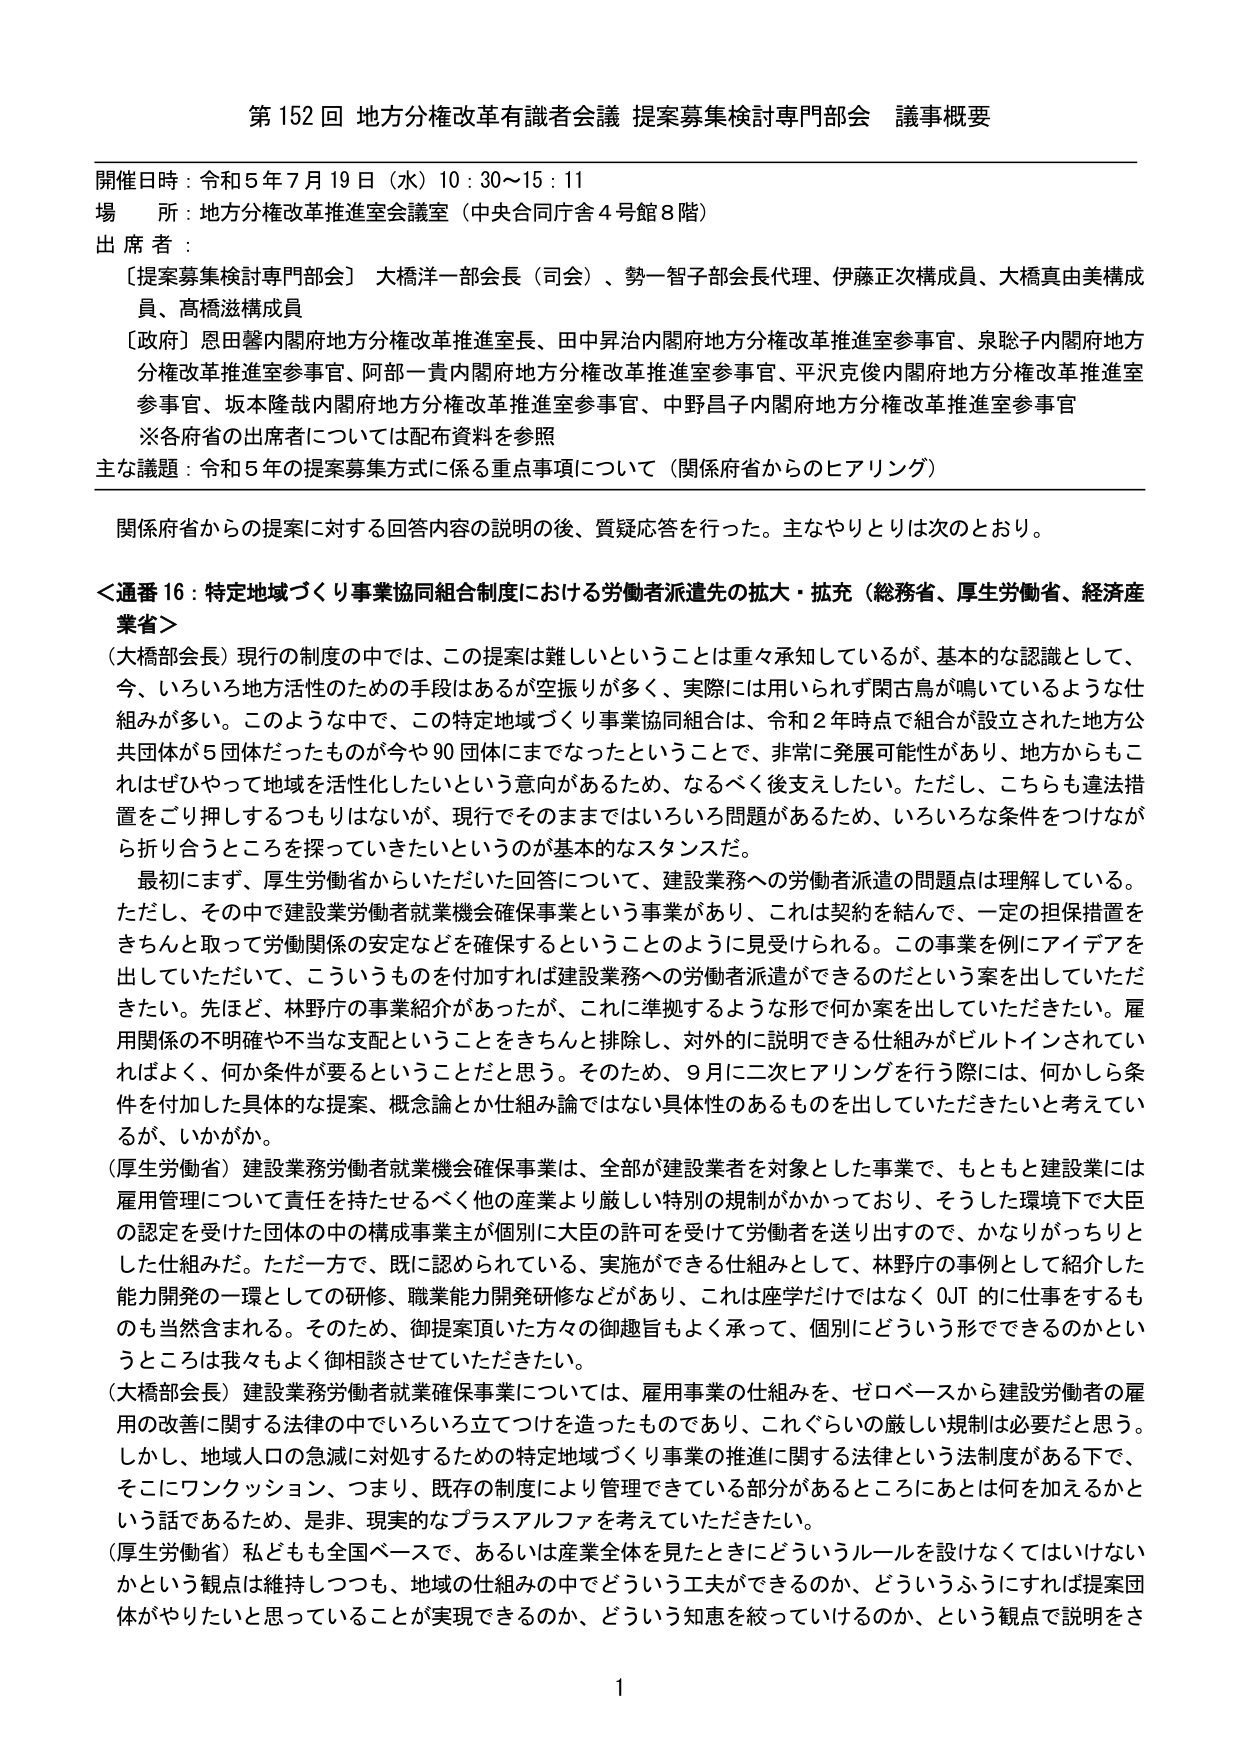
第152回 地方分権改革有識者会議 提案募集検討専門部会 議事概要

開催日時：令和5年7月19日（水）10：30～15：11
場 所：地方分権改革推進室会議室（中央合同庁舎4号館8階）
出席者：
〔提案募集検討専門部会〕大橋洋一部会長（司会）、勢一智子部会長代理、伊藤正次構成員、大橋真由美構成員、高橋滋構成員
〔政府〕恩田馨内閣府地方分権改革推進室長、田中昇治内閣府地方分権改革推進室参事官、泉聡子内閣府地方分権改革推進室参事官、阿部一貴内閣府地方分権改革推進室参事官、平沢克俊内閣府地方分権改革推進室参事官、坂本隆哉内閣府地方分権改革推進室参事官、中野昌子内閣府地方分権改革推進室参事官
※各府省の出席者については配布資料を参照

主な議題：令和5年の提案募集方式に係る重点事項について（関係府省からのヒアリング）

関係府省からの提案に対する回答内容の説明の後、質疑応答を行った。主なやりとりは次のとおり。

＜通番16：特定地域づくり事業協同組合制度における労働者派遣先の拡大・拡充（総務省、厚生労働省、経済産業省）＞
（大橋部会長）現行の制度の中では、この提案は難しいということは重々承知しているが、基本的な認識として、今、いろいろ地方活性のための手段はあるが空振りが多く、実際には用いられず関古鳥が鳴いているような仕組みが多い。このような中で、この特定地域づくり事業協同組合は、令和2年時点で組合が設立された地方公共団体が5団体だったものが今や90団体にまでなったということで、非常に発展可能性があり、地方からもこれはぜひやって地域を活性化したいという意向があるため、なるべく後支えしたい。ただし、こちらも違法措置をごり押しするつもりはないが、現行でそのままではいろいろ問題があるため、いろいろな条件をつけながら折り合うところを探っていきたいというのが基本的なスタンスだ。
　最初にまず、厚生労働省からいただいた回答について、建設業務への労働者派遣の問題点は理解している。ただし、その中で建設業労働者就業機会確保事業という事業があり、これは契約を結んで、一定の担保措置をきちんと取って労働関係の安定などを確保するということのように見受けられる。この事業を例にアイデアを出していただいて、こういうものを付加すれば建設業務への労働者派遣ができるのだという案を出していただきたい。先ほど、林野庁の事業紹介があったが、これに準拠するような形で何か案を出していただきたい。雇用関係の不明確や不当な支配ということをきちんと排除し、対外的に説明できる仕組みがビルトインされていればよく、何か条件が要るということだと思う。そのため、9月に二次ヒアリングを行う際には、何かしら条件を付加した具体的な提案、概念論とか仕組み論ではない具体性のあるものを出していただきたいと考えているが、いかがか。
（厚生労働省）建設業務労働者就業機会確保事業は、全部が建設業者を対象とした事業で、もともと建設業には雇用管理について責任を持たせるべく他の産業より厳しい特別の規制がかかっており、そうした環境下で大臣の認定を受けた団体の中の構成事業主が個別に大臣の許可を受けて労働者を送り出すので、かなりがっちりとした仕組みだ。ただ一方で、既に認められている、実施ができる仕組みとして、林野庁の事例として紹介した能力開発の一環としての研修、職業能力開発研修などがあり、これは座学だけではなくOJT的に仕事をするものも当然含まれる。そのため、御提案頂いた方々の御趣旨もよく承って、個別にどういう形でできるのかというところは我々もよく御相談させていただきたい。
（大橋部会長）建設業務労働者就業確保事業については、雇用事業の仕組みを、ゼロベースから建設労働者の雇用の改善に関する法律の中でいろいろ立てつけを造ったものであり、これぐらいの厳しい規制は必要だと思う。しかし、地域人口の急減に対処するための特定地域づくり事業の推進に関する法律という法制度がある下で、そこにワンクッション、つまり、既存の制度により管理できている部分があるところにあとは何を加えるかという話であるため、是非、現実的なプラスアルファを考えていただきたい。
（厚生労働省）私どもも全国ベースで、あるいは産業全体を見たときにどういうルールを設けなくてはいけないかという観点は維持しつつも、地域の仕組みの中でどういう工夫ができるのか、どういうふうにすれば提案団体がやりたいと思っていることが実現できるのか、どういう知恵を絞っていけるのか、という観点で説明をさ

1